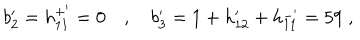
b _ { 2 } ^ { \prime } = h _ { 1 1 } ^ { + ^ { \prime } } = 0 \quad , \quad b _ { 3 } ^ { \prime } = 1 + h _ { 1 2 } ^ { \prime } + h _ { 1 1 } ^ { - ^ { \prime } } = 5 9 \; ,